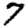
Digit: 7